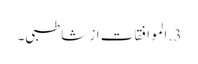
3. الموافقات از شاطبی۔